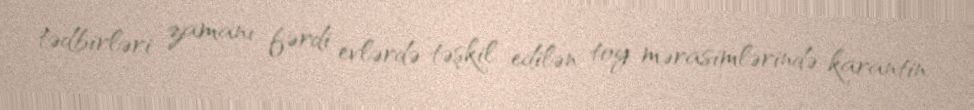
tədbirləri zamanı fərdi evlərdə təşkil edilən toy mərasimlərində karantin